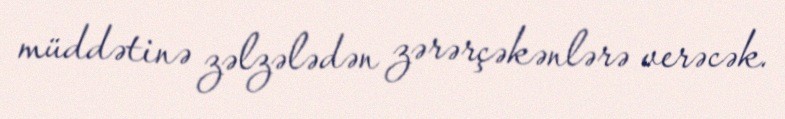
müddətinə zəlzələdən zərərçəkənlərə verəcək.